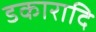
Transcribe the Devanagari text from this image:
डकारादि